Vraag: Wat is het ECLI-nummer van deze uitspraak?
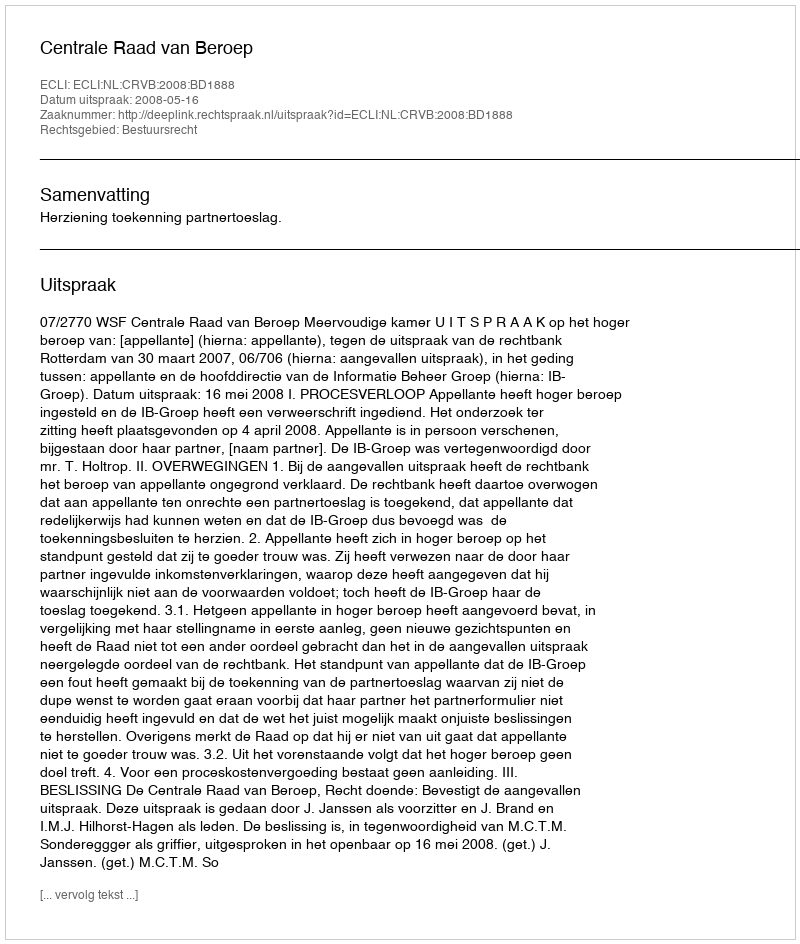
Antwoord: ECLI:NL:CRVB:2008:BD1888